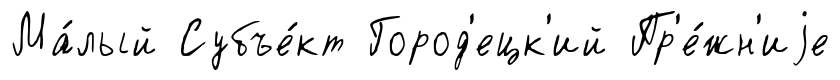
Ма́лый Субъе́кт Город'ецк'ий Пр'е́жн'иjе